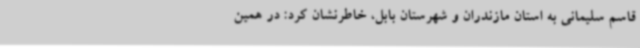
قاسم سلیمانی به استان مازندران و شهرستان بابل، خاطرنشان کرد: در همین